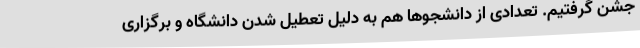
جشن گرفتیم. تعدادی از دانشجوها هم به دلیل تعطیل شدن دانشگاه و برگزاری